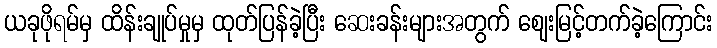
ယခုဖိုရမ်မှ ထိန်းချုပ်မှုမှ ထုတ်ပြန်ခဲ့ပြီး ဆေးခန်းများအတွက် ဈေးမြင့်တက်ခဲ့ကြောင်း